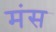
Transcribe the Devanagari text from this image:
मंस